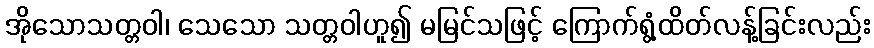
အိုသောသတ္တဝါ၊ သေသော သတ္တဝါဟူ၍ မမြင်သဖြင့် ကြောက်ရွံ့ထိတ်လန့်ခြင်းလည်း